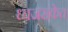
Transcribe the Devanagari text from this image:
ध्वजसंकेत